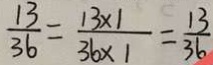
\frac { 1 3 } { 3 6 } = \frac { 1 3 \times 1 } { 3 6 \times 1 } = \frac { 1 3 } { 3 6 }